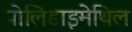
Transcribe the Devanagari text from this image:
पोलिडाइमेथिल